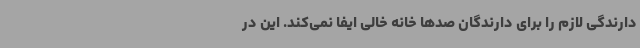
دارندگی لازم را برای دارندگان صدها خانه خالی ایفا نمی‌کند. این در